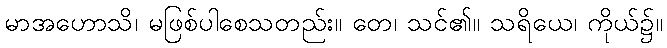
မာအဟောသိ၊ မဖြစ်ပါစေသတည်း။ တေ၊ သင်၏။ သရိယေ၊ ကိုယ်၌။